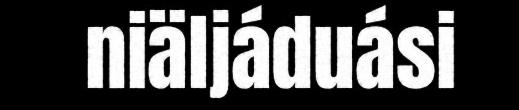
niäljáduási